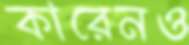
কারেনও